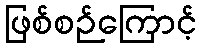
ဖြစ်စဉ်ကြောင့်